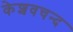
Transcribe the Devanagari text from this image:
केशवचन्द